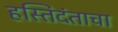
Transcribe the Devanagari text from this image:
हस्तिदंताचा